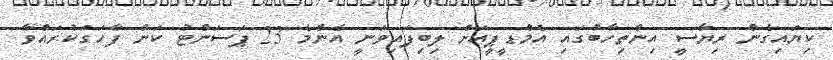
ކިޔައިގެން ރިޔާސީ އިންތިހާބުގައި އެމްޑީޕީއަށް ލިބިފައިވަނީ އެންމެ 23 ޕަސަންޓު ކަން ފާހަގަކުރައްވާ